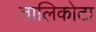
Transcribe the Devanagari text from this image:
तालिकोटा